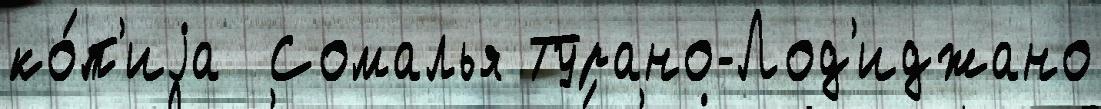
ко́п'иjа  Сомалья Турано-Лод'иджано